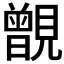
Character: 𧢐